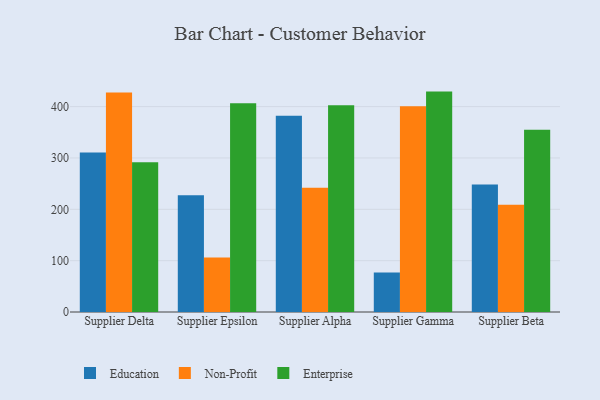
{"axis": {"x": "Supplier", "y": "Waste Production (Tons)"}, "legend": ["Education", "Enterprise", "Non-Profit"], "data": [{"x": "Supplier Delta", "y": 310.8, "type": "Education"}, {"x": "Supplier Delta", "y": 427.4, "type": "Non-Profit"}, {"x": "Supplier Delta", "y": 291.6, "type": "Enterprise"}, {"x": "Supplier Epsilon", "y": 227.3, "type": "Education"}, {"x": "Supplier Epsilon", "y": 106.0, "type": "Non-Profit"}, {"x": "Supplier Epsilon", "y": 406.4, "type": "Enterprise"}, {"x": "Supplier Alpha", "y": 382.4, "type": "Education"}, {"x": "Supplier Alpha", "y": 242.0, "type": "Non-Profit"}, {"x": "Supplier Alpha", "y": 402.9, "type": "Enterprise"}, {"x": "Supplier Gamma", "y": 76.7, "type": "Education"}, {"x": "Supplier Gamma", "y": 400.9, "type": "Non-Profit"}, {"x": "Supplier Gamma", "y": 429.3, "type": "Enterprise"}, {"x": "Supplier Beta", "y": 248.3, "type": "Education"}, {"x": "Supplier Beta", "y": 208.7, "type": "Non-Profit"}, {"x": "Supplier Beta", "y": 355.2, "type": "Enterprise"}]}